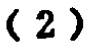
-2